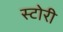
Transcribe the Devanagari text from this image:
स्‍टोरी